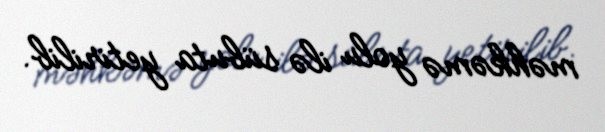
məhkəmə yolu ilə sübuta yetirilib.